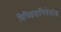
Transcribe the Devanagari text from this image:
विच्छिन्नाभिषेकांक